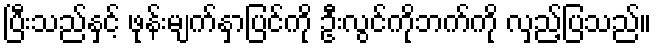
ပြီးသည်နှင့် ဖုန်းမျက်နှာပြင်ကို ဦးလွင်ကိုဘက်ကို လှည့်ပြသည်။